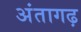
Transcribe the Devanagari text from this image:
अंतागढ़